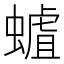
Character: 𧐅